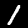
Digit: 1